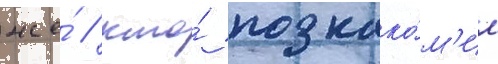
же́ / кто́ познако́м'ил